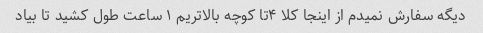
دیگه سفارش نمیدم از اینجا کلا ۴تا کوچه بالاتریم ۱ ساعت طول کشید تا بیاد